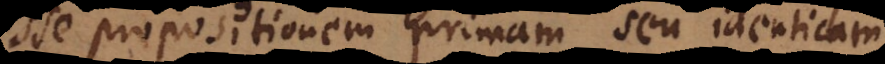
esse propositionem primam seu identicam